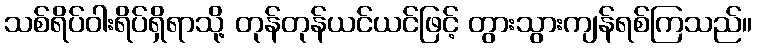
သစ်ရိပ်ဝါးရိပ်ရှိရာသို့ တုန်တုန်ယင်ယင်ဖြင့် တွားသွားကျန်ရစ်ကြသည်။